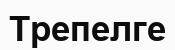
Трепелге